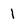
Character: 1